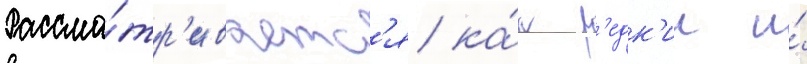
Рассма́тр'иваетс'я ка́к р'едк'ии и́